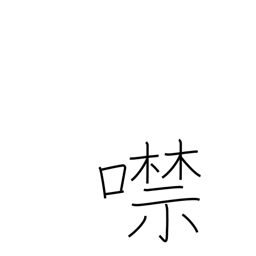
Meaning: shut up